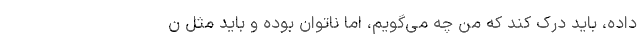
داده، باید درک کند که من چه می‌گویم، اما ناتوان بوده و باید مثل ن